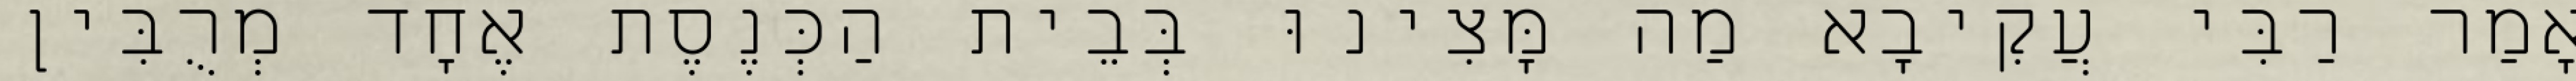
אָמַר רַבִּי עֲקִיבָא מַה מָּצִינוּ בְּבֵית הַכְּנֶסֶת אֶחָד מְרֻבִּין